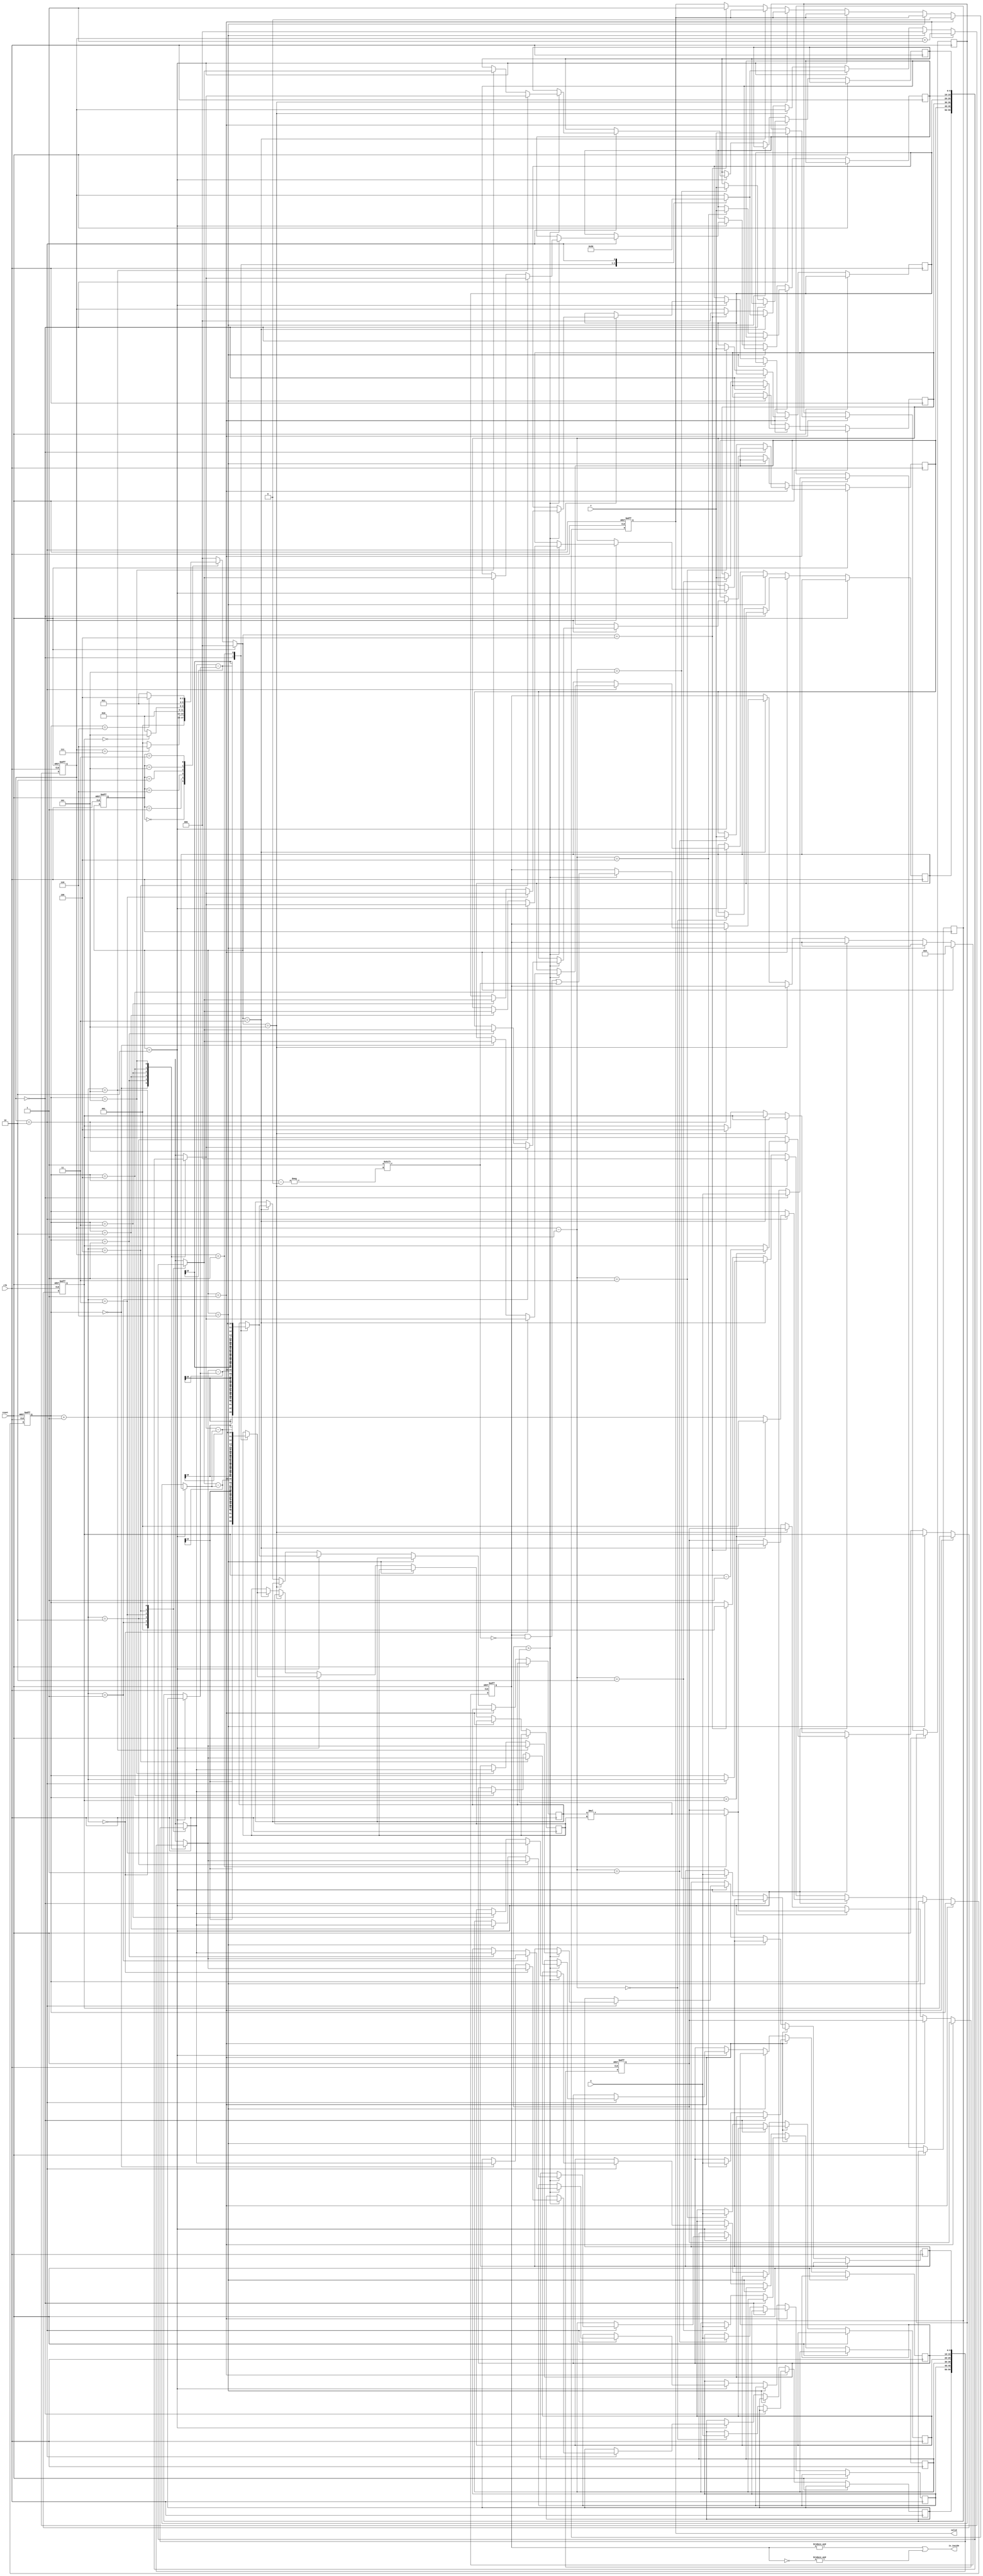
module geofence ( clk,reset,X,Y,valid,is_inside);
input clk;
input reset;
input [9:0] X;
input [9:0] Y;
output reg valid;
output is_inside;

reg [2:0]state, next_state;
parameter IDLE = 3'd0,
	  READ = 3'd1,
      TRANS_1 = 3'd6,
      SORTING = 3'd2,
      TRANS = 3'd5,
	  CAL = 3'd3,
	  OUT = 3'd4;

reg [2:0]cnt;
reg [2:0]idx;
reg [2:0]sort_idx;
reg [2:0]cal_cnt;
reg [9:0]X_data[0:5];
reg [9:0]Y_data[0:5];

reg [9:0]target_x, target_y;

wire [9:0]X_ = (next_state == SORTING)? X_data[0]:target_x;
wire [9:0]Y_ = (next_state == SORTING)? Y_data[0]:target_y;

wire signed[10:0] ax = X_data[idx] - X_;
wire signed[10:0] ay = Y_data[idx] - Y_;
wire signed[10:0] bx = X_data[idx+1] - X_;
wire signed[10:0] by = Y_data[idx+1] - Y_;

reg signed [21:0] mul1, mul2;
reg signed [21:0] buf1, buf2;
wire signed [21:0] mul = mul1 * mul2;


reg [5:0]judge;

assign is_inside = &judge | &(~judge);

always@(posedge clk or posedge reset)begin
    if(reset)
        state <= IDLE;
    else 
        state <= next_state;
end

always@(*)begin
    if(reset)
        next_state = IDLE;
    else begin
        case(state)
            IDLE:
                next_state = READ;
            READ:begin
                if(cnt == 7) next_state = TRANS_1;
                else next_state = READ;  
            end
            TRANS_1: next_state = SORTING;
            SORTING:begin
                if(sort_idx == 0) next_state = TRANS;
                else next_state = SORTING;
            end
            TRANS:
                next_state = CAL;
            CAL:begin
                if(idx == 6) next_state = OUT;
                else next_state = CAL;
            end 
            OUT:
                next_state = IDLE; 
            default:    next_state = IDLE;
        endcase
    end 
end


//DATA INPUT
always@(posedge clk or posedge reset)begin
    if(reset)begin
        cnt <= 0;
        valid <= 0;
        idx <= 1;
        sort_idx <= 4;
        judge <= 0;
        cal_cnt <= 0;
        buf1 <= 0;
        buf2 <= 0;
    end
    else begin
        if(next_state == READ)begin
            valid <= 0;
            judge <= 0;
            if(cnt == 0)begin
                target_x <= X;
                target_y <= Y;
            end
            else begin
                X_data[cnt-1] <= X;
                Y_data[cnt-1] <= Y;
            end
            cnt <= cnt + 1;
        end
        else if(next_state == TRANS_1)
            cnt <= 0;
        else if(next_state == SORTING)begin
            case(cnt)
                0:begin
                    mul1 <= ax;
                    mul2 <= by;
                    cnt <= 1;
                end
                1:begin
                    mul1 <= bx;
                    mul2 <= ay;
                    buf1 <= mul;
                    cnt <= 2;
                end
                2:begin
                    if(buf1 > mul)begin
                        X_data[idx] <= X_data[idx+1];
                        X_data[idx+1] <= X_data[idx];
                        Y_data[idx] <= Y_data[idx+1];
                        Y_data[idx+1] <= Y_data[idx];
                    end

                    if(idx == sort_idx)begin
                        sort_idx <= sort_idx - 1;
                        idx <= 1;
                    end
                    else begin
                        idx <= idx + 1;
                    end

                    cnt <= 0;
                end
            endcase
        end
        else if(next_state == TRANS)begin
            idx <= 0;
        end
        else if(next_state == CAL)begin
            case(cnt) 
                0:begin
                    mul1 <= ax;
                    mul2 <= by;
                    cnt <= 1;
                end
                1:begin
                    mul1 <= bx;
                    mul2 <= ay;
                    buf1 <= mul;
                    cnt <= 2;
                end
                2:begin
                    if(buf1 > mul)begin
                       judge[idx] <= 1;
                    end
                    
                    idx <= idx + 1;
                    cnt <= 0;
                end
            endcase
        end
        else if(next_state == OUT)begin
            valid <= 1;
            cnt <= 0;
            idx <= 1;
            sort_idx <= 4;
        end
    end
end


endmodule